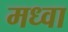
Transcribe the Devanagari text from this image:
मध्वा